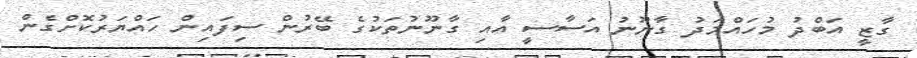
ގާޒީ އަބްދު މުހައްމަދު ގާނޫނު އަސާސީ އާއި ގާނޫނުތަކުގެ ބޭރުން ސިފައިން ހައްޔަރުކޮށްގެން